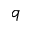
q